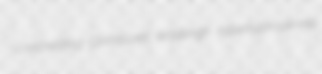
concretizing Gothicized Wadleigh hyperlustrousness